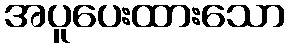
အပူပေးထားသော